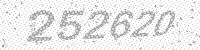
Solution: 252620